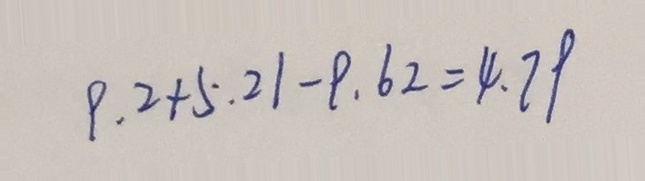
9 . 2 + 5 . 2 1 - 9 . 6 2 = 4 . 7 9